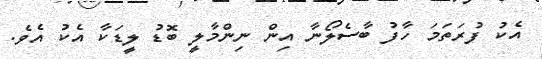
އެކު ފުރަތަމަ ހާފު ބާސެލޯނާ އިން ނިންމާލީ ބޮޑު ލީޑަކާ އެކު އެވެ.